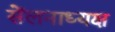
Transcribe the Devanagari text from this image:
सेंलनाध्यक्ष